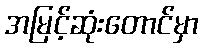
အမြင့်ဆုံးတောင်မှာ